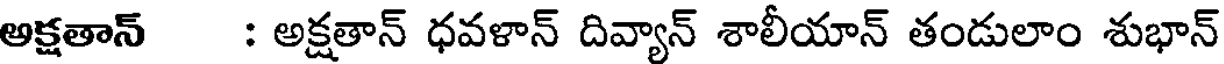
అక్షతాన్ : అక్షతాన్ ధవళాన్ దివ్యాన్ శాలీయాన్ తండులాం శుభాన్